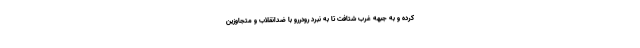
کرده و به جبهه غرب شتافت تا به نبرد رودررو با ضدانقلاب و متجاوزین